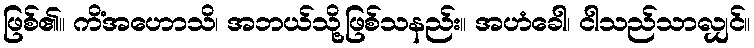
ဖြစ်၏။ ကိံအဟောသိ၊ အဘယ်သို့ဖြစ်သနည်း။ အဟံခေါ၊ ငါသည်သာလျှင်။